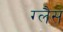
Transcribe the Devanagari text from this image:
ग्लैस